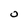
Character: 0